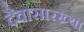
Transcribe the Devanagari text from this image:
दैवासारख्या